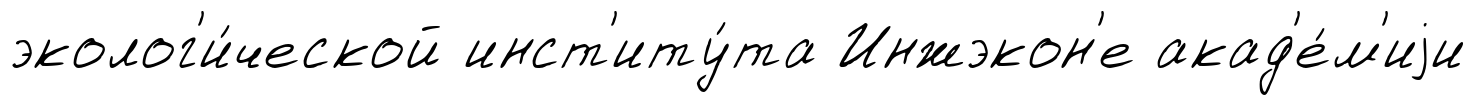
эколог'и́ческой инст'иту́та Инжэкон'е акад'е́м'иjи